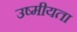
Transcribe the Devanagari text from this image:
उष्मीयता